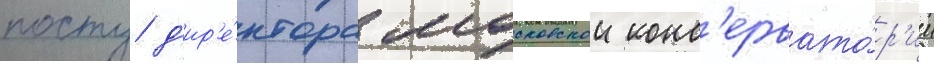
посту д'ир'е́ктора московскои конс'ервато́р'ии